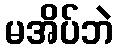
မအိပ်ဘဲ